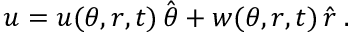
\boldsymbol { u } = u ( \theta , r , t ) \, \hat { \boldsymbol \theta } + w ( \theta , r , t ) \, \hat { \boldsymbol r } \; .